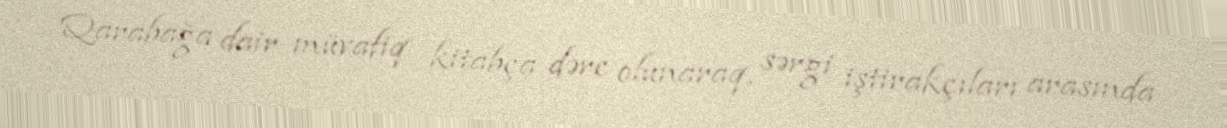
Qarabağa dair müvafiq kitabça dərc olunaraq, sərgi iştirakçıları arasında